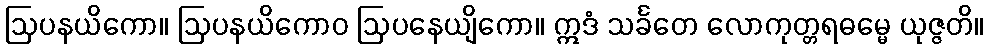
ဩပနယိကော။ ဩပနယိကောဝ ဩပနေယျိကော။ ဣဒံ သင်္ခတေ လောကုတ္တရဓမ္မေ ယုဇ္ဇတိ။